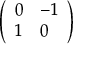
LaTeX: \left( \begin{array} { l l } { 0 } & { - 1 } \\ { 1 } & { 0 } \end{array} \right)